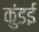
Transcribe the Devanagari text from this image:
कुंडई